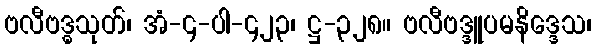
ဗလီဗဒ္ဓသုတ်၊ အံ-၄-ပါ-၄၂၃၊ ဋ္ဌ-၃၂၈။ ဗလီဗဒ္ဒူပမနိဒ္ဒေသ၊